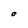
Character: O